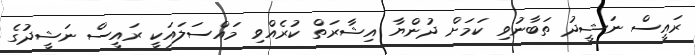
ރައީސް ނަޝީދު ތަބާނުވި ކަމަށް ދުންޔާ އިޝާރަތް ކުރެއްވި މައްސަލައަކީ ރައީސް ނަޝީދުގެ